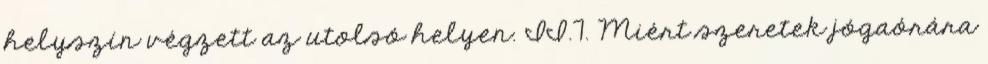
helyszín végzett az utolsó helyen. II.7. Miért szeretek jógaórára